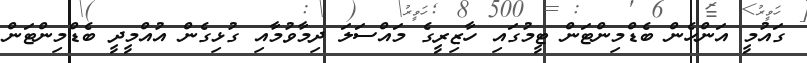
ގައުމީ އަންހެން ބެޑްމިންޓަން ޓީމުގައި ހާޒިރީގެ މައްސަލަ ދިމާވުމާއި ގުޅިގެން އުއްމީދީ ބެޑްމިންޓަން